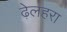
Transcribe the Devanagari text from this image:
ढ़ेलहरा